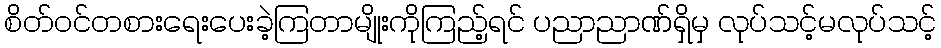
စိတ်ဝင်တစားရေးပေးခဲ့ကြတာမျိုးကိုကြည့်ရင် ပညာညာဏ်ရှိမှ လုပ်သင့်မလုပ်သင့်